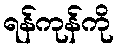
ရန်ကုန်ကို